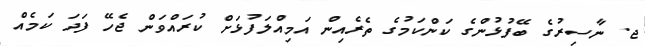
ޖ. ނާސިރުގެ ބޭފުޅުންގެ ކަންކަމުގެ ތެރެއިން އަމިއްލަފުޅަށް ކުރައްވަން ޖެހޭ ފަދަ ކަމެއް